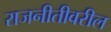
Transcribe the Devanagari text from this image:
राजनीतीवरील